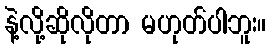
နဲ့လို့ဆိုလိုတာ မဟုတ်ပါဘူး။